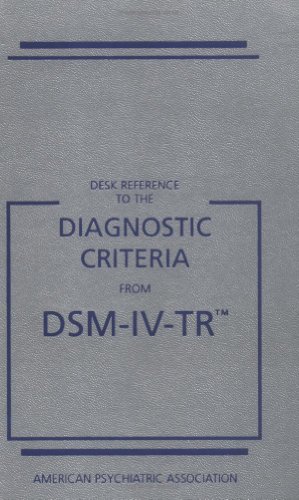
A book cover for Desk Reference to the Diagnostic Criteria From DSM-IV-TR; Health, Fitness & Dieting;